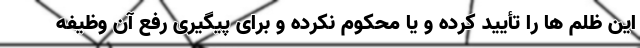
این ظلم ها را تأیید کرده و یا محکوم نکرده و برای پیگیری رفع آن وظیفه